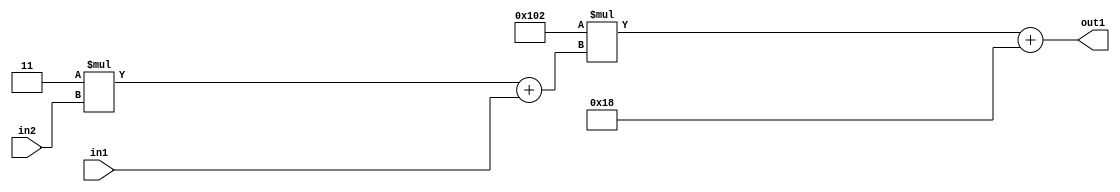
`timescale 1ps / 1ps
/*****************************************************************************
    Verilog RTL Description
    
    
    Created by: Stratus DpOpt 2019.1.01 
*******************************************************************************/

module DC_Filter_Add2i24Mul2i258Add2u1Mul2i3u2_4 (
	in2,
	in1,
	out1
	); /* architecture "behavioural" */ 
input [1:0] in2;
input  in1;
output [11:0] out1;
wire [11:0] asc001;
wire [3:0] asc002;

wire [3:0] asc002_tmp_0;
assign asc002_tmp_0 = 
	+(4'B0011 * in2);
assign asc002 = asc002_tmp_0
	+(in1);

wire [11:0] asc001_tmp_1;
assign asc001_tmp_1 = 
	+(12'B000100000010 * asc002);
assign asc001 = asc001_tmp_1
	+(12'B000000011000);

assign out1 = asc001;
endmodule

/* CADENCE  v7b0Qws= : u9/ySgnWtBlWxVPRXgAZ4Og= ** DO NOT EDIT THIS LINE ******/